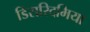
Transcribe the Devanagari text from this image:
डिसरिदमिया